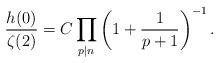
LaTeX: \begin{align*}\frac{h(0)}{\zeta(2)}=C\prod_{p\mid n}\left(1+\frac{1}{p+1}\right)^{-1}.\end{align*}